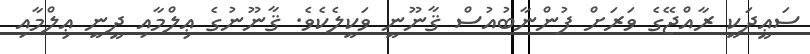
ސަޢީދަކީ ރާއްޖޭގެ ވަރަށް ފުންނާބުއުސް ޤާނޫނީ ވަކީލެކެވެ. ޤާނޫނުގެ ޢިލްމާއި ދީނީ ޢިލްމާއި